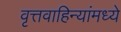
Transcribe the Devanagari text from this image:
वृत्तवाहिन्यांमध्ये